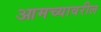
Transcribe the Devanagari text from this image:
आमच्यावरील